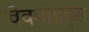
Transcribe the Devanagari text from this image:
वेवगाइड्स